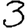
Digit: 3